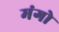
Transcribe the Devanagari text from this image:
मंगो